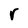
Character: r